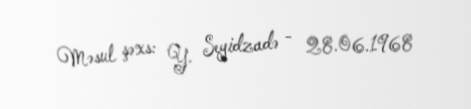
Məsul şəxs: Y. Seyidzadə - 28.06.1968